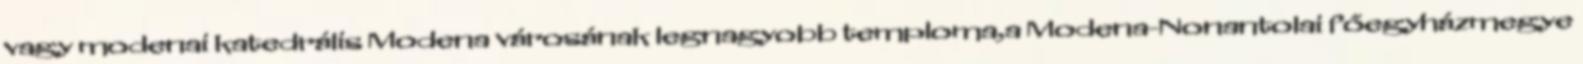
vagy modenai katedrális Modena városának legnagyobb temploma,a Modena-Nonantolai főegyházmegye